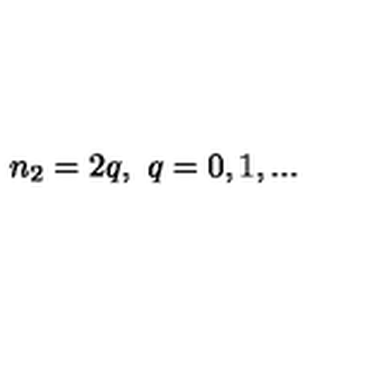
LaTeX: n _ { 2 } = 2 q , \ q = 0 , 1 , . . .